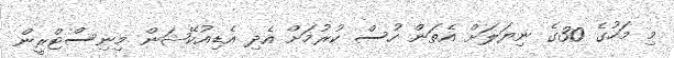
މި މަހުގެ 30ގެ ނިޔަލަށް އެތަން ހުސް ކުރުމަށް އެދި އެޑިއުކޭޝަން މިނިސްޓްރީން